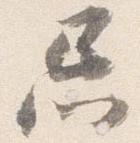
忌